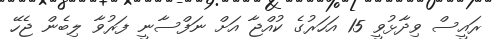
ރައީސް ވިދާޅުވީ 15 އަހަރުގެ ކުއްޖާ އަށް ނަފްސާނީ ފަރުވާ ލިބެން ޖެހޭ